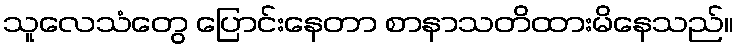
သူလေသံတွေ ပြောင်းနေတာ စာနာသတိထားမိနေသည်။